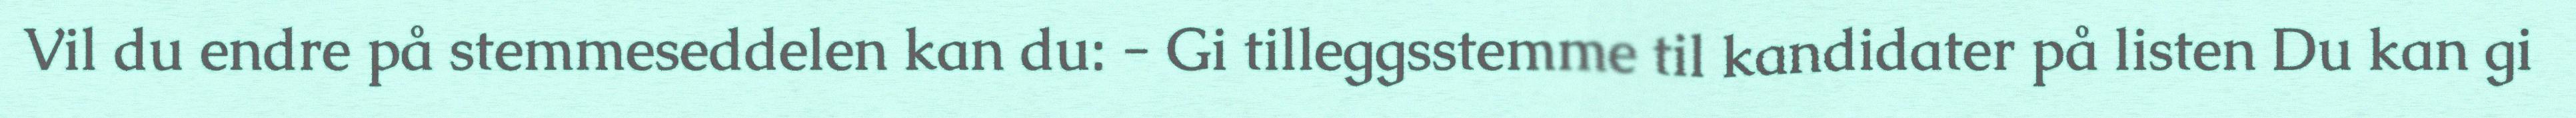
Vil du endre på stemmeseddelen kan du: - Gi tilleggsstemme til kandidater på listen Du kan gi